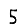
Digit: 5